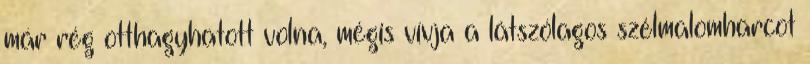
már rég otthagyhatott volna, mégis vívja a látszólagos szélmalomharcot